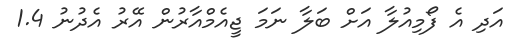
އަދި އެ ފޯމިއުލާ އަށް ބަލާ ނަމަ ޖީއެމްއާރުން އޭރު އެދުނު 1.4